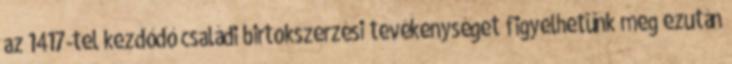
az 1417-tel kezdődő családi birtokszerzési tevékenységet figyelhetünk meg ezután